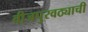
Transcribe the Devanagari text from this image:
वीजपुरवठ्याची